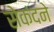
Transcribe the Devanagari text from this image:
सेकंदने